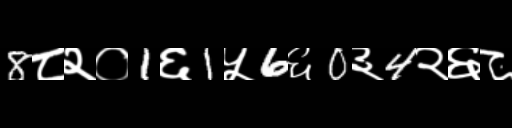
Text: 8८२०1६1५6६0३4२६८